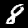
Label: 8